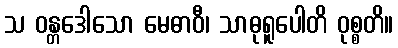
သ ဝန္တဒေါသော မေဓာဝီ၊ သာဓုရူပေါတိ ဝုစ္စတိ။